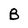
Character: B